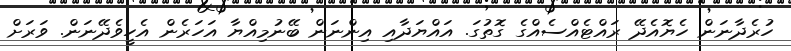
ހުރެދާނަން ހެޔޮއެދޭ ރައްޓެއްސެއްގެ ގޮތުގަ. އައްޔަދާއި އިންނަން ބޭނުމިއްޔާ އަހަރެން އެހީވެދޭނަން. ވަރަށް